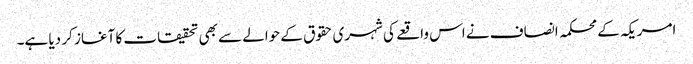
امریکہ کے محکمہ انصاف نے اس واقعے کی شہری حقوق کے حوالے سے بھی تحقیقات کا آغاز کر دیا ہے۔